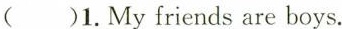
( )1. My friends are boys.